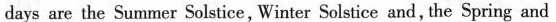
days are the Summer Solstice, Winter Solstice and, the Spring and